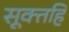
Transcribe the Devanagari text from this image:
सूक्तहि